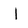
Character: l